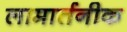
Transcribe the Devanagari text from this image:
लामार्तनीक